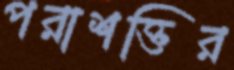
পরাশক্তির